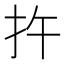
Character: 𪭟